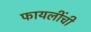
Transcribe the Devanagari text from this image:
फायलींची